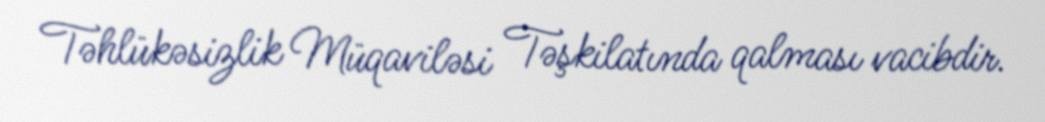
Təhlükəsizlik Müqaviləsi Təşkilatında qalması vacibdir.